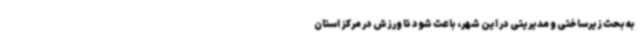
به بحث زیرساختی و مدیریتی در این شهر، باعث شود تا ورزش در مرکز استان